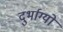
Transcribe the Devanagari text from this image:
दुर्भाग्यों